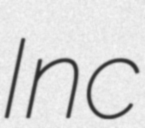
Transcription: Inc